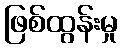
ဖြစ်ထွန်းမှု